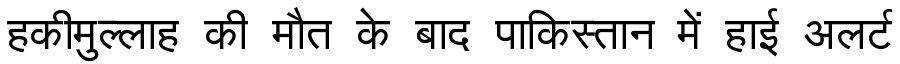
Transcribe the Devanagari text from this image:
हकीमुल्लाह की मौत के बाद पाकिस्तान में हाई अलर्ट